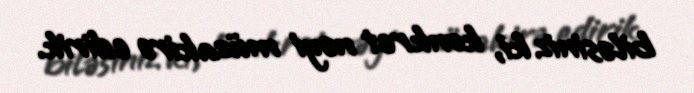
biləsiniz ki, konkret nəyi müzakirə edirik.